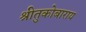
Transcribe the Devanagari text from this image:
श्रीतुकोबाराय